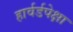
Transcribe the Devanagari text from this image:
हार्वर्डपेक्षा